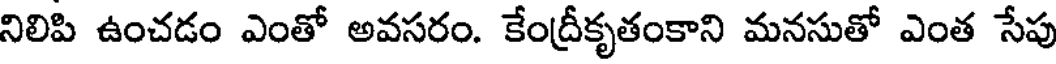
నిలిపి ఉంచడం ఎంతో అవసరం. కేంద్రీకృతంకాని మనసుతో ఎంత సేపు